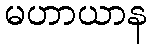
မဟာယာန